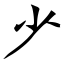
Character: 少